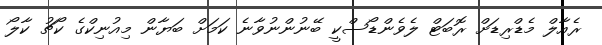
ރެއާލް މެޑްރިޑަށް ރޮބަޓް ލެވެންޑޯސްކީ ބޭނުންނުވާނެ ކަމަށް ބަޔާން މިއުނިކްގެ ކޯޗު ކާލޯ